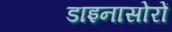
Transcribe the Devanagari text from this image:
डाइनासोरों